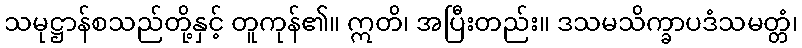
သမုဋ္ဌာန်စသည်တို့နှင့် တူကုန်၏။ ဣတိ၊ အပြီးတည်း။ ဒသမသိက္ခာပဒံသမတ္တံ၊